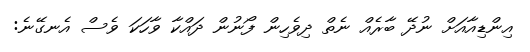
އިންޑިއާއަށް ނުދޭ ބާރެއް ނެތް ދިވެހިން ފޯނުން ދައްކާ ވާހަކަ ވެސް އެނގޭނެ: